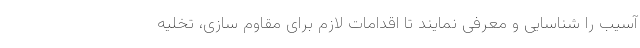
آسیب را شناسایی و معرفی نمایند تا اقدامات لازم برای مقاوم سازی، تخلیه